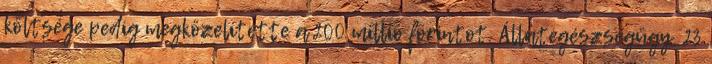
költsége pedig megközelítette a 200 millió forintot. Állategészségügy. 23